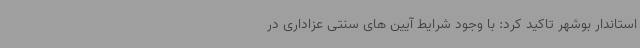
استاندار بوشهر تاکید کرد: با وجود شرایط آیین های سنتی عزاداری در